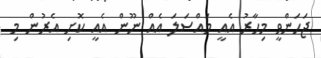
ޖަހަންވީ މިހާރު އެއީ މައްސަލަ އެއް ނޫން އެއީ ކޮށި އެރުން މި